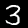
Label: 3